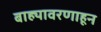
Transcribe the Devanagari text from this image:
बाह्यावरणाहून